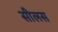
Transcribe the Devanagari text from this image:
सीलस